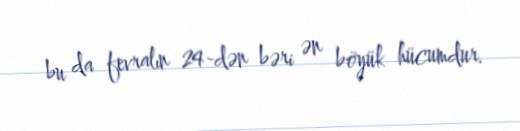
bu da fevralın 24-dən bəri ən böyük hücumdur.